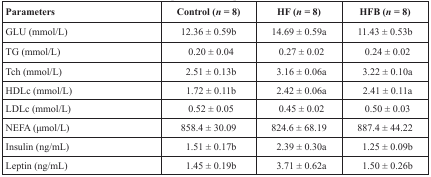
<table><thead><tr><td><b>Parameters</b></td><td><b>Control (<i>n</i> = 8)</b></td><td><b>HF (<i>n</i> = 8)</b></td><td><b>HFB (<i>n</i> = 8)</b></td></tr></thead><tbody><tr><td>GLU (mmol/L)</td><td>12.36 ± 0.59b</td><td>14.69 ± 0.59a</td><td>11.43 ± 0.53b</td></tr><tr><td>TG (mmol/L)</td><td>0.20 ± 0.04</td><td>0.27 ± 0.02</td><td>0.24 ± 0.02</td></tr><tr><td>Tch (mmol/L)</td><td>2.51 ± 0.13b</td><td>3.16 ± 0.06a</td><td>3.22 ± 0.10a</td></tr><tr><td>HDLc (mmol/L)</td><td>1.72 ± 0.11b</td><td>2.42 ± 0.06a</td><td>2.41 ± 0.11a</td></tr><tr><td>LDLc (mmol/L)</td><td>0.52 ± 0.05</td><td>0.45 ± 0.02</td><td>0.50 ± 0.03</td></tr><tr><td>NEFA (μmol/L)</td><td>858.4 ± 30.09</td><td>824.6 ± 68.19</td><td>887.4 ± 44.22</td></tr><tr><td>Insulin (ng/mL)</td><td>1.51 ± 0.17b</td><td>2.39 ± 0.30a</td><td>1.25 ± 0.09b</td></tr><tr><td>Leptin (ng/mL)</td><td>1.45 ± 0.19b</td><td>3.71 ± 0.62a</td><td>1.50 ± 0.26b</td></tr></tbody></table>